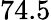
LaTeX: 74.5